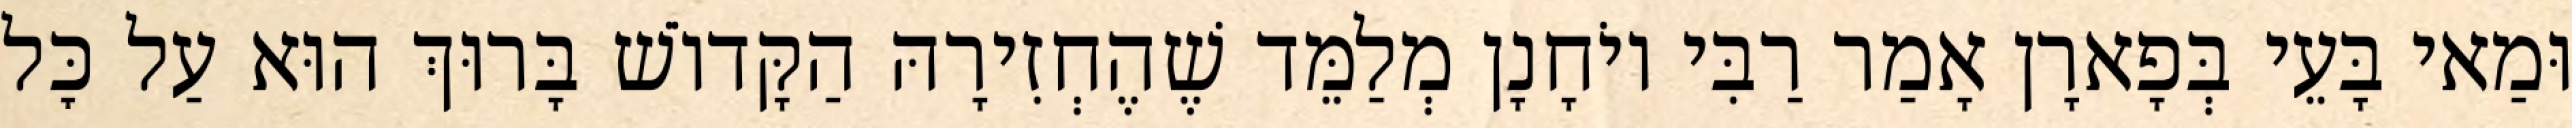
וּמַאי בָּעֵי בְּפָארָן אָמַר רַבִּי יוֹחָנָן מְלַמֵּד שֶׁהֶחְזִירָהּ הַקָּדוֹשׁ בָּרוּךְ הוּא עַל כׇּל